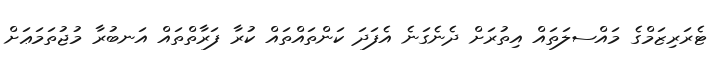
ޓެރަރިޒަމްގެ މައްސލަތައް އިތުރަށް ދެނެގަނެ އެފަދަ ކަންތައްތައް ކުރާ ފަރާތްތައް އަނބުރާ މުޖުތަމަޢަށް